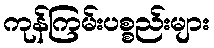
ကုန်ကြမ်းပစ္စည်းများ